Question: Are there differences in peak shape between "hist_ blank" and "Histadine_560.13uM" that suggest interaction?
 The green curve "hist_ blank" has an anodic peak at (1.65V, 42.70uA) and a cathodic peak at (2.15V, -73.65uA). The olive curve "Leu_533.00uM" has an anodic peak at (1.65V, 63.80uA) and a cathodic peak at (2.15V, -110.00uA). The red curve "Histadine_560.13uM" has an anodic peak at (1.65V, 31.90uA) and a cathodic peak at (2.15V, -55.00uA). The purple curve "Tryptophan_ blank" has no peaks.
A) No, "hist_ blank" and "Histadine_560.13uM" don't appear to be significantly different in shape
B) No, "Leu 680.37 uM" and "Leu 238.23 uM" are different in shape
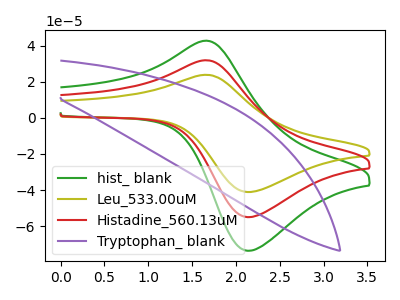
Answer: <think>All the peaks in "hist_ blank" have a peak in "Histadine_560.13uM" at the same potential. Every peak in "hist_ blank" is higher than every peak in "Histadine_560.13uM".
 </think>
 <answer>A) No, "hist_ blank" and "Histadine_560.13uM" don't appear to be significantly different in shape</answer>
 <eval>A</eval>